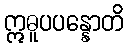
ဣဓူပပန္နောတိ